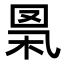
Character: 𦊻